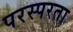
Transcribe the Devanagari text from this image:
परस्परता